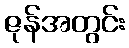
ဇုန်အတွင်း